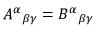
A ^ { \alpha } { } _ { \beta \gamma } = B ^ { \alpha } { } _ { \beta \gamma }